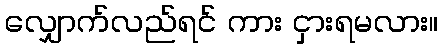
လျှောက်လည်ရင် ကား ငှားရမလား။